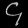
Digit: ၄